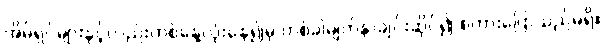
အိမ်ရှင်များနှင့်လည်းတစ်နေ့လုံးနေ၍မှ တစ်ခါမျက်နှာချင်းဆိုင်၍ စကားပြောသည်မရှိ။